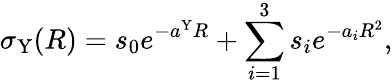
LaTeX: \sigma_{\mathrm{Y}}(R)=s_{0}e^{-a^{\mathrm{Y}}R}+\sum_{i=1}^{3}s_{i}e^{-a_{i}R^{2}},